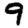
Digit: 9